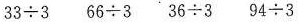
$$3 3 ÷ 3 6 6$$ $$6 ÷ 3$$ $$3 6 ÷ 3$$ $$9 4 ÷ 3$$